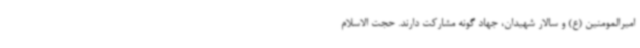
امیرالمومنین (ع) و سالار شهیدان، جهاد گونه مشارکت دارند. حجت الاسلام